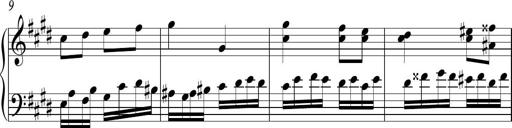
Title: Ten Piano Sonatinas
Composer: Andreas Sain